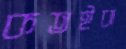
কতইবা